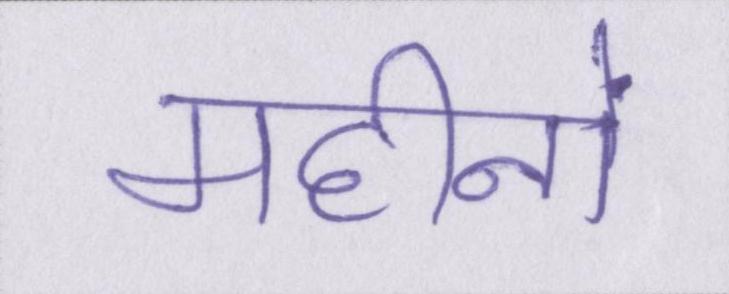
महीनों